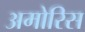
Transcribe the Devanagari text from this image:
अमोरिस